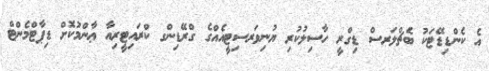
އެ ކެންޑިޑޭޓަކު ބެޗްލަރސް ޑިގްރީ ހާސިލުކުރި ޔުނިވަރސިޓީއެއްގެ ގްރޭޑިންގ ކްރައިޓީރިއާ ޢާންމުކޮށް ޑިޕާޓްމެންޓް